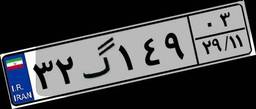
۳۲گ۱۴۹۰۳